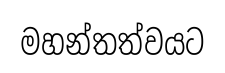
මහන්තත්වයට